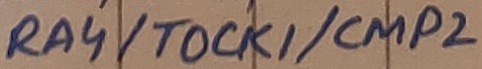
Text: RA4/TOCK1/CMP2